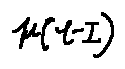
\mu ( l - I )